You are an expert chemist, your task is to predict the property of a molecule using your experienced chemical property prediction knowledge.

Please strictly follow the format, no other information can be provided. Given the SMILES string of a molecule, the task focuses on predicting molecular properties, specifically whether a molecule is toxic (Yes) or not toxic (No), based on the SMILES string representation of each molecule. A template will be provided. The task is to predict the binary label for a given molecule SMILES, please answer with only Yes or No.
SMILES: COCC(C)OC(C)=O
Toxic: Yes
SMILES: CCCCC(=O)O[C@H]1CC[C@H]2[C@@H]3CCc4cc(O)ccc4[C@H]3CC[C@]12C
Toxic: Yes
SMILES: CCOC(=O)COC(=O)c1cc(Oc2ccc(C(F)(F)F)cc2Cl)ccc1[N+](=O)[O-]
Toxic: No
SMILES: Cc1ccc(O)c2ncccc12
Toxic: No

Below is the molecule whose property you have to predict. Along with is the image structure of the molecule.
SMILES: c1ccc(N2CCNCC2)cc1
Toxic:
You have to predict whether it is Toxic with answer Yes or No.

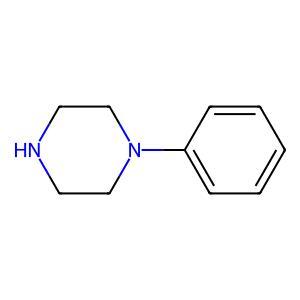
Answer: No